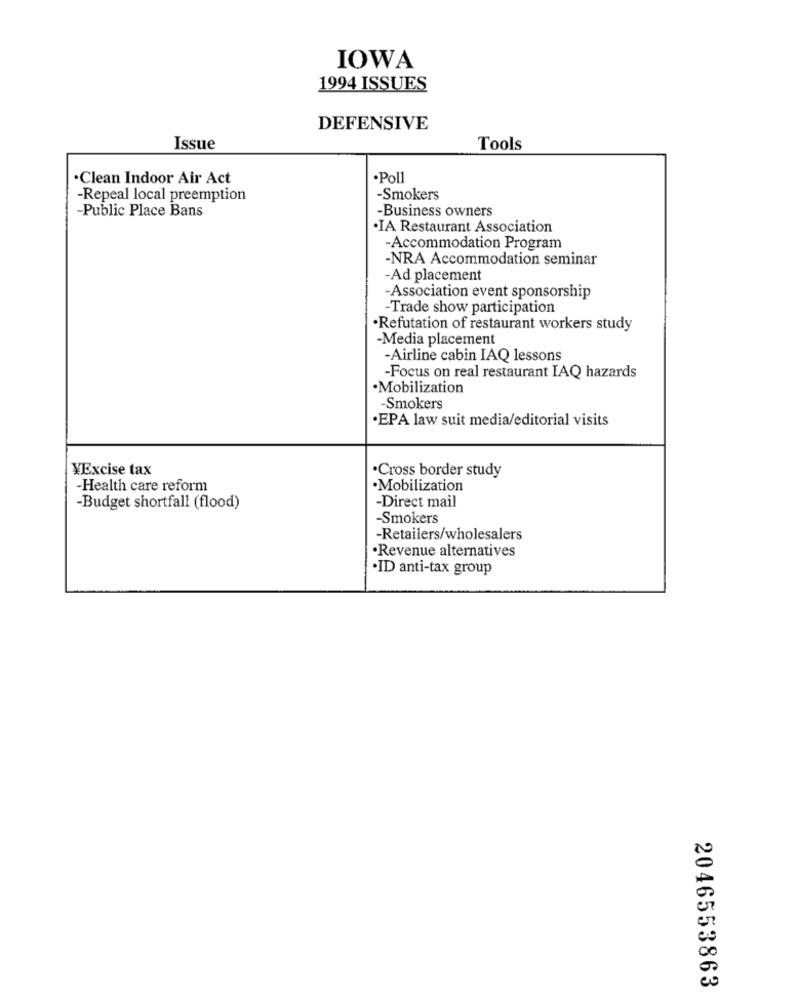
IOWA
1994 ISSUES
DEFENSIVE
Issue
Tools
Clean Indoor Air Act
.Poll
-Repeal local preemption
-Smokers
-Public Place Bans
-Business owners
IA Restaurant Association
-Accommodation Program
-NRA Accommodation seminar
-Ad placement
-Association event sponsorship
-Trade show participation
·Refutation of restaurant workers study
-Media placement
-Airline cabin IAQ lessons
-Focus on real restaurant IAQ hazards
·Mobilization
-Smokers
·EPA law suit media/editorial visits
VExcise tax
·Cross border study
-Health care reform
.Mobilization
-Direct mail
-Budget shortfall (flood)
-Smokers
-Retailers/wholesalers
·Revenue alternatives
·ID anti-tax group
2046553863